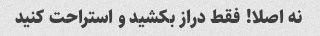
نه اصلا! فقط دراز بکشید و استراحت کنید